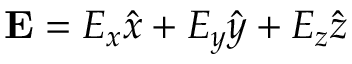
\mathbf { E } = E _ { x } \hat { x } + E _ { y } \hat { y } + E _ { z } \hat { z }